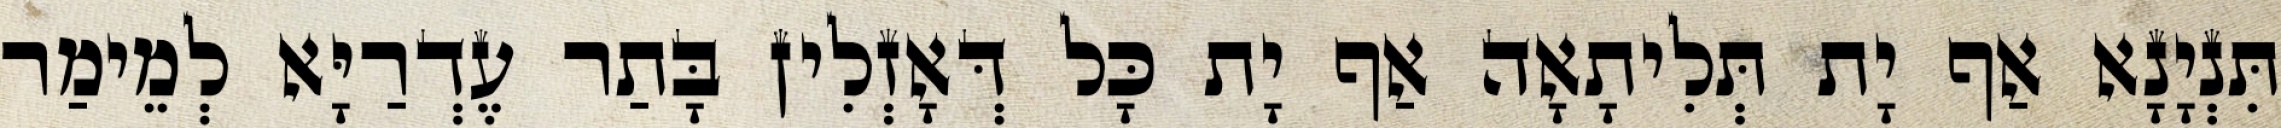
תִּנְיָנָא אַף יָת תְּלִיתָאָה אַף יָת כָּל דְּאָזְלִין בָּתַר עֶדְרַיָּא לְמֵימַר